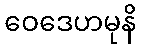
ဝေဒေဟမုနိ